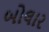
બોલાર